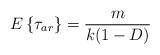
LaTeX: \begin{align*}E\left\{\tau_{ar}\right\}=\frac{m}{k(1-D)}\end{align*}